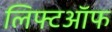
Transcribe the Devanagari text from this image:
लिफ्टऑफ